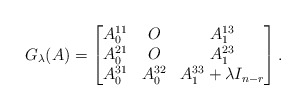
\begin{align*} G_{\lambda}(A)= \begin{bmatrix} A_0^{11} & O & A_1^{13} \\ A_0^{21} & O & A_1^{23} \\ A_0^{31} & A_0^{32} & A_1^{33} + \lambda I_{n-r}\end{bmatrix} .\end{align*}